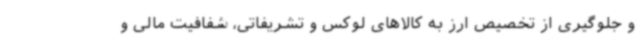
و جلوگیری از تخصیص ارز به کالاهای لوکس و تشریفاتی، شفافیت مالی و